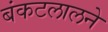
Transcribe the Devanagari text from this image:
बंकटलालने